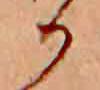
か